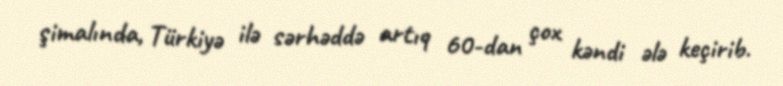
şimalında, Türkiyə ilə sərhəddə artıq 60-dan çox kəndi ələ keçirib.